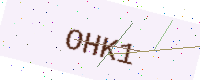
Text: OHK1